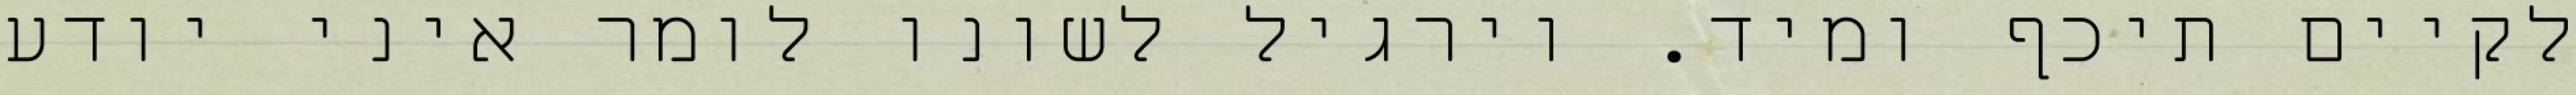
לקיים תיכף ומיד. וירגיל לשונו לומר איני יודע